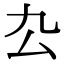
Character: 厹